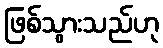
ဖြစ်သွားသည်ဟု